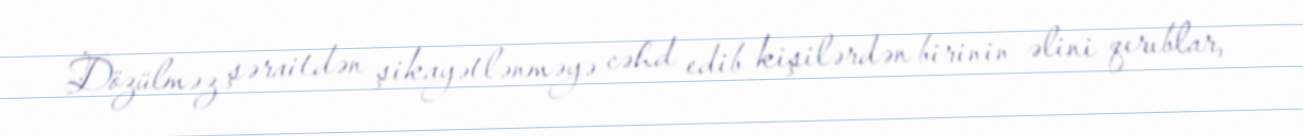
Dözülməz şəraitdən şikayətlənməyə cəhd edib kişilərdən birinin əlini qırıblar,